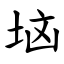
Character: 垴